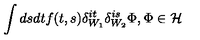
\int d s d t f ( t , s ) \delta _ { W _ { 1 } } ^ { i t } \delta _ { W _ { 2 } } ^ { i s } \Phi , \Phi \in { \cal H }